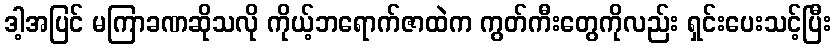
ဒါ့အပြင် မကြာခဏဆိုသလို ကိုယ့်ဘရောက်ဇာထဲက ကွတ်ကီးတွေကိုလည်း ရှင်းပေးသင့်ပြီး